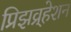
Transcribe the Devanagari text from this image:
प्रिझव्र्हेशन